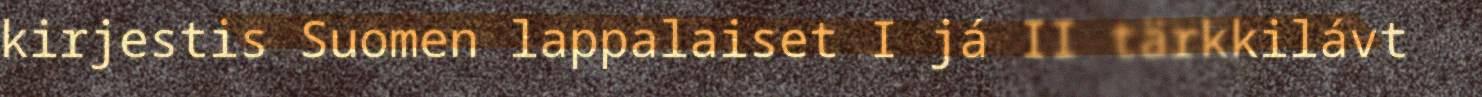
kirjestis Suomen lappalaiset I já II tärkkilávt